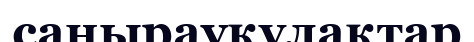
саңырауқүлақтар